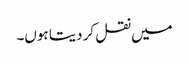
میں نقل کر دیتا ہوں۔